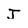
Character: J